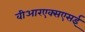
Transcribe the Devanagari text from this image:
वीआरएक्सएसई